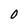
Character: 0